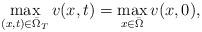
LaTeX: \begin{align*} \max_{(x,t)\in\bar\Omega_T}v(x,t) = \max_{x\in \bar\Omega} v(x,0),\end{align*}